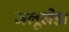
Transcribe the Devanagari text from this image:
जलूखेड़ा